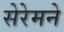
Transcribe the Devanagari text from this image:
सेरेमने